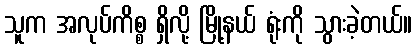
သူက အလုပ်ကိစ္စ ရှိလို့ မြို့နယ် ရုံးကို သွားခဲ့တယ်။